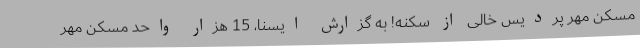
مسکن مهر پردیس خالی از سکنه! به گزارش ایسنا، 15 هزار واحد مسکن مهر